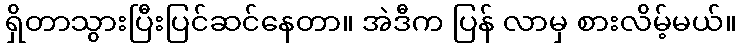
ရှိတာသွားပြီးပြင်ဆင်နေတာ။ အဲဒီက ပြန် လာမှ စားလိမ့်မယ်။